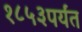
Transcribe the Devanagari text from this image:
१८५३पर्यंत